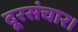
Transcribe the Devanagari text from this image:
दूरसंचार।